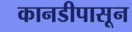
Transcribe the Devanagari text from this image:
कानडीपासून